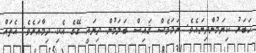
ޚަބަރު ކިޔަމުންދިޔައެވެ. ނަމަވެސް ޤައިސް ބަލަމުން ދިޔައީ ގޭގެ އެކި ދިމާއަށެވެ. އެތައް